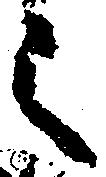
之